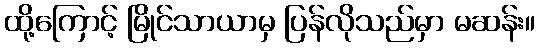
ထို့ကြောင့် မြိုင်သာယာမှ ပြန်လိုသည်မှာ မဆန်း။